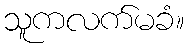
သူကလက်မခံ။